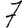
Digit: 7